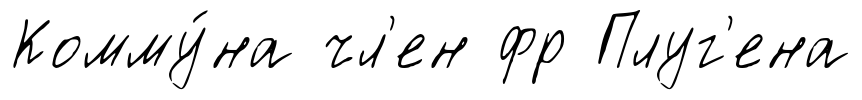
Комму́на чл'ен фр Плуг'ена